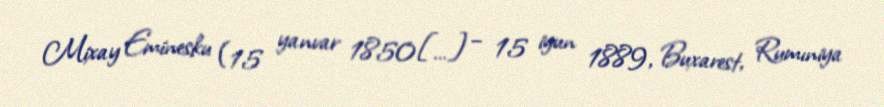
Mixay Eminesku (15 yanvar 1850[…] – 15 iyun 1889, Buxarest, Rumıniya